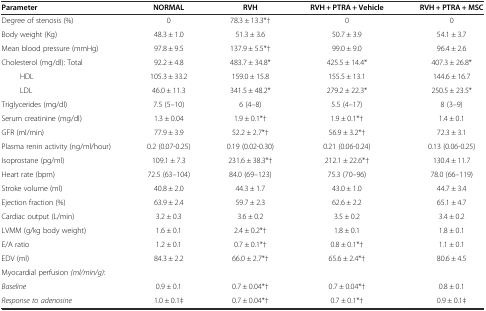
<table><thead><tr><td><b>Parameter</b></td><td><b>NORMAL</b></td><td><b>RVH</b></td><td><b>RVH + PTRA + Vehicle</b></td><td><b>RVH + PTRA + MSC</b></td></tr></thead><tbody><tr><td>Degree of stenosis (%)</td><td>0</td><td>78.3 ± 13.3*†</td><td>0</td><td>0</td></tr><tr><td>Body weight (Kg)</td><td>48.3 ± 1.0</td><td>51.3 ± 3.6</td><td>50.7 ± 3.9</td><td>54.1 ± 3.7</td></tr><tr><td>Mean blood pressure (mmHg)</td><td>97.8 ± 9.5</td><td>137.9 ± 5.5*†</td><td>99.0 ± 9.0</td><td>96.4 ± 2.6</td></tr><tr><td>Cholesterol (mg/dl): Total</td><td>92.2 ± 4.8</td><td>483.7 ± 34.8*</td><td>425.5 ± 14.4*</td><td>407.3 ± 26.8*</td></tr><tr><td>HDL</td><td>105.3 ± 33.2</td><td>159.0 ± 15.8</td><td>155.5 ± 13.1</td><td>144.6 ± 16.7</td></tr><tr><td>LDL</td><td>46.0 ± 11.3</td><td>341.5 ± 48.2*</td><td>279.2 ± 22.3*</td><td>250.5 ± 23.5*</td></tr><tr><td>Triglycerides (mg/dl)</td><td>7.5 (5–10)</td><td>6 (4–8)</td><td>5.5 (4–17)</td><td>8 (3–9)</td></tr><tr><td>Serum creatinine (mg/dl)</td><td>1.3 ± 0.04</td><td>1.9 ± 0.1*†</td><td>1.9 ± 0.1*†</td><td>1.4 ± 0.1</td></tr><tr><td>GFR (ml/min)</td><td>77.9 ± 3.9</td><td>52.2 ± 2.7*†</td><td>56.9 ± 3.2*†</td><td>72.3 ± 3.1</td></tr><tr><td>Plasma renin activity (ng/ml/hour)</td><td>0.2 (0.07-0.25)</td><td>0.19 (0.02-0.30)</td><td>0.21 (0.06-0.24)</td><td>0.13 (0.06-0.25)</td></tr><tr><td>Isoprostane (pg/ml)</td><td>109.1 ± 7.3</td><td>231.6 ± 38.3*†</td><td>212.1 ± 22.6*†</td><td>130.4 ± 11.7</td></tr><tr><td>Heart rate (bpm)</td><td>72.5 (63–104)</td><td>84.0 (69–123)</td><td>75.3 (70–96)</td><td>78.0 (66–119)</td></tr><tr><td>Stroke volume (ml)</td><td>40.8 ± 2.0</td><td>44.3 ± 1.7</td><td>43.0 ± 1.0</td><td>44.7 ± 3.4</td></tr><tr><td>Ejection fraction (%)</td><td>63.9 ± 2.4</td><td>59.7 ± 2.3</td><td>62.6 ± 2.2</td><td>65.1 ± 4.7</td></tr><tr><td>Cardiac output (L/min)</td><td>3.2 ± 0.3</td><td>3.6 ± 0.2</td><td>3.5 ± 0.2</td><td>3.4 ± 0.2</td></tr><tr><td>LVMM (g/kg body weight)</td><td>1.6 ± 0.1</td><td>2.4 ± 0.2*†</td><td>1.8 ± 0.1</td><td>1.8 ± 0.1</td></tr><tr><td>E/A ratio</td><td>1.2 ± 0.1</td><td>0.7 ± 0.1*†</td><td>0.8 ± 0.1*†</td><td>1.1 ± 0.1</td></tr><tr><td>EDV (ml)</td><td>84.3 ± 2.2</td><td>66.0 ± 2.7*†</td><td>65.6 ± 2.4*†</td><td>80.6 ± 4.5</td></tr><tr><td>Myocardial perfusion <i>(ml/min/g)</i>:</td><td></td><td></td><td></td><td></td></tr><tr><td><i>Baseline</i></td><td>0.9 ± 0.1</td><td>0.7 ± 0.04*†</td><td>0.7 ± 0.04*†</td><td>0.8 ± 0.1</td></tr><tr><td><i>Response to adenosine</i></td><td>1.0 ± 0.1‡</td><td>0.7 ± 0.04*†</td><td>0.7 ± 0.1*†</td><td>0.9 ± 0.1‡</td></tr></tbody></table>